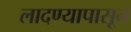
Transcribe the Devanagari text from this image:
लादण्यापासून